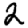
Digit: 2